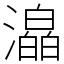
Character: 㵿